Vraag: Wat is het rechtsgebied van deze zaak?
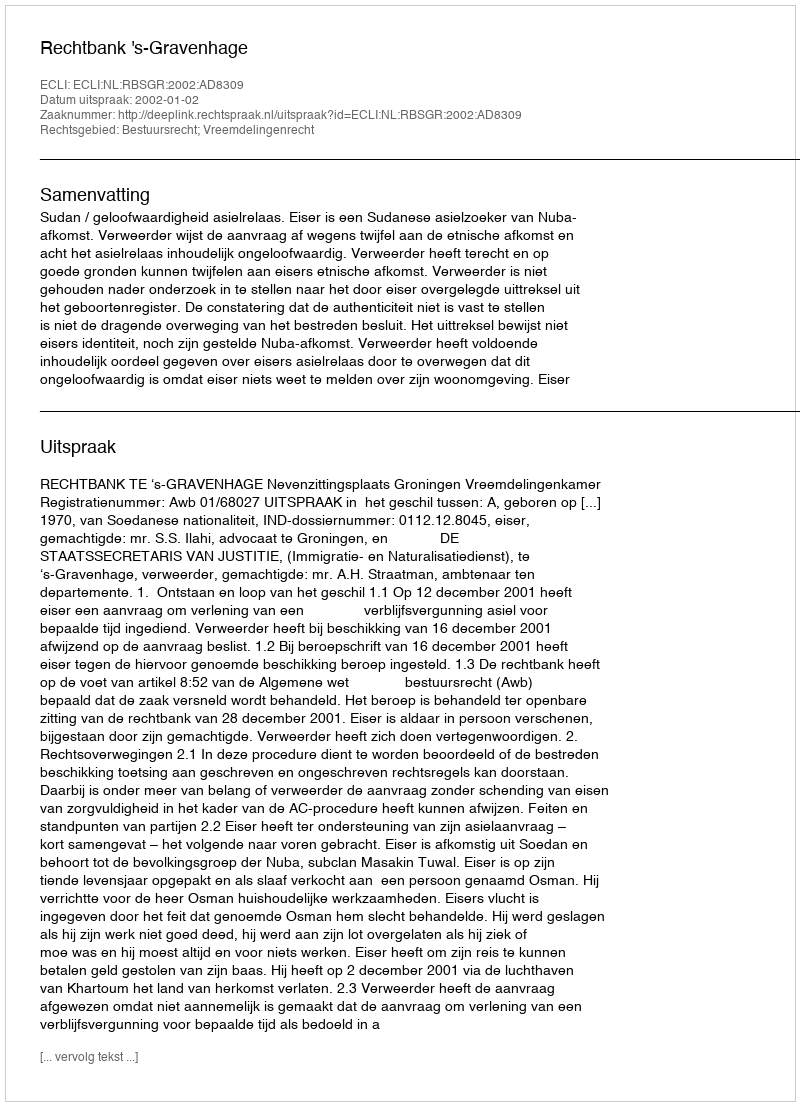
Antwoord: Bestuursrecht; Vreemdelingenrecht